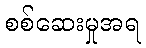
စစ်ဆေးမှုအရ